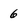
Character: 6